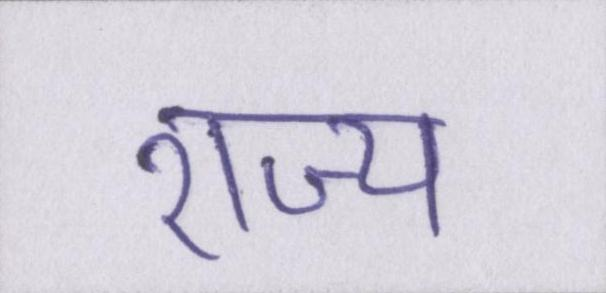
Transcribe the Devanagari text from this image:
राज्य